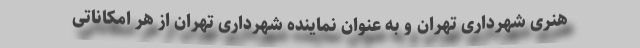
هنری شهرداری تهران و به عنوان نماینده شهرداری تهران از هر امکاناتی